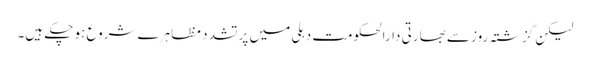
لیکن گزشتہ روز سے بھارتی دارالحکومت دہلی میں پر تشدد مظاہرے شروع ہو چکے ہیں۔